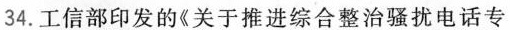
34.工信部印发的《关于推进综合整治骚扰电话专